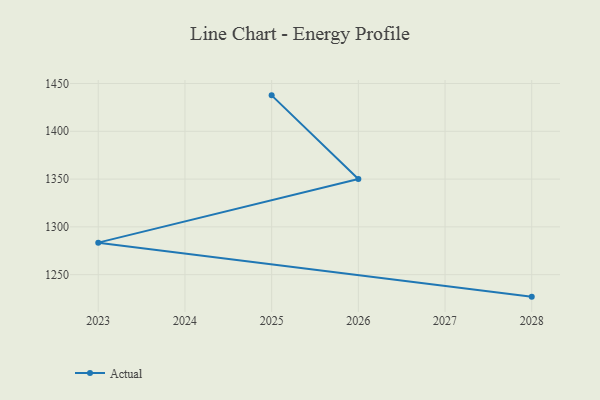
{"axis": {"x": "Year", "y": "Shipments"}, "legend": ["Actual"], "data": [{"x": "2025", "y": 1437.6, "type": "Actual"}, {"x": "2026", "y": 1350.0, "type": "Actual"}, {"x": "2023", "y": 1283.5, "type": "Actual"}, {"x": "2028", "y": 1227.0, "type": "Actual"}]}